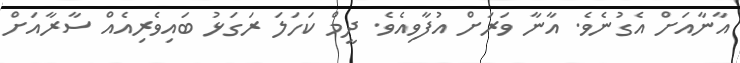
އާނާއަށް އެގުނެވެ. އާނާ ވަރަށް އުފާވިއެވެ. ދީމް ކަހަލަ ރަގަޅު ބައިވެރިއެއް ސާރާއަށް